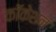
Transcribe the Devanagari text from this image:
कॉकेशन